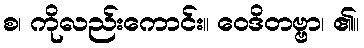
စ၊ ကိုလည်းကောင်း။ ဝေဒိတဗ္ဗာ၊ ၏။